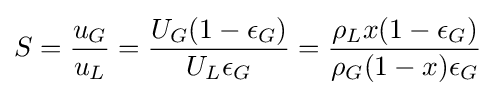
S={\frac {u_{G}}{u_{L}}}={\frac {U_{G}(1-\epsilon _{G})}{U_{L}\epsilon _{G}}}={\frac {\rho _{L}x(1-\epsilon _{G})}{\rho _{G}(1-x)\epsilon _{G}}}